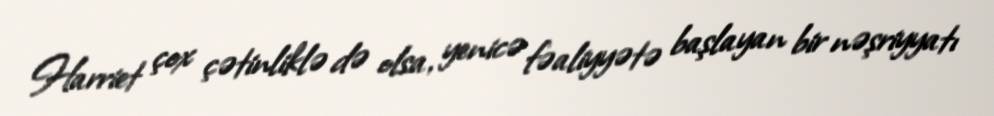
Harriet çox çətinliklə də olsa, yenicə fəaliyyətə başlayan bir nəşriyyatı